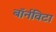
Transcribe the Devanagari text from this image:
बॉर्नविटा